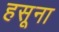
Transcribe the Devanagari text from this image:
हसूना